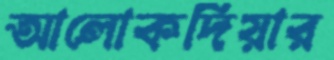
আলোকদিয়ার